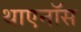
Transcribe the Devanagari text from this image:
थाएनॉस